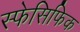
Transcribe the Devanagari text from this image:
स्फेसिफिक